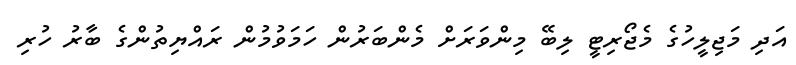
އަދި މަޖިލީހުގެ މެޖޯރިޓީ ލިބޭ މިންވަރަށް މެންބަރުން ހަމަވުމުން ރައްޔިތުންގެ ބާރު ހުރި